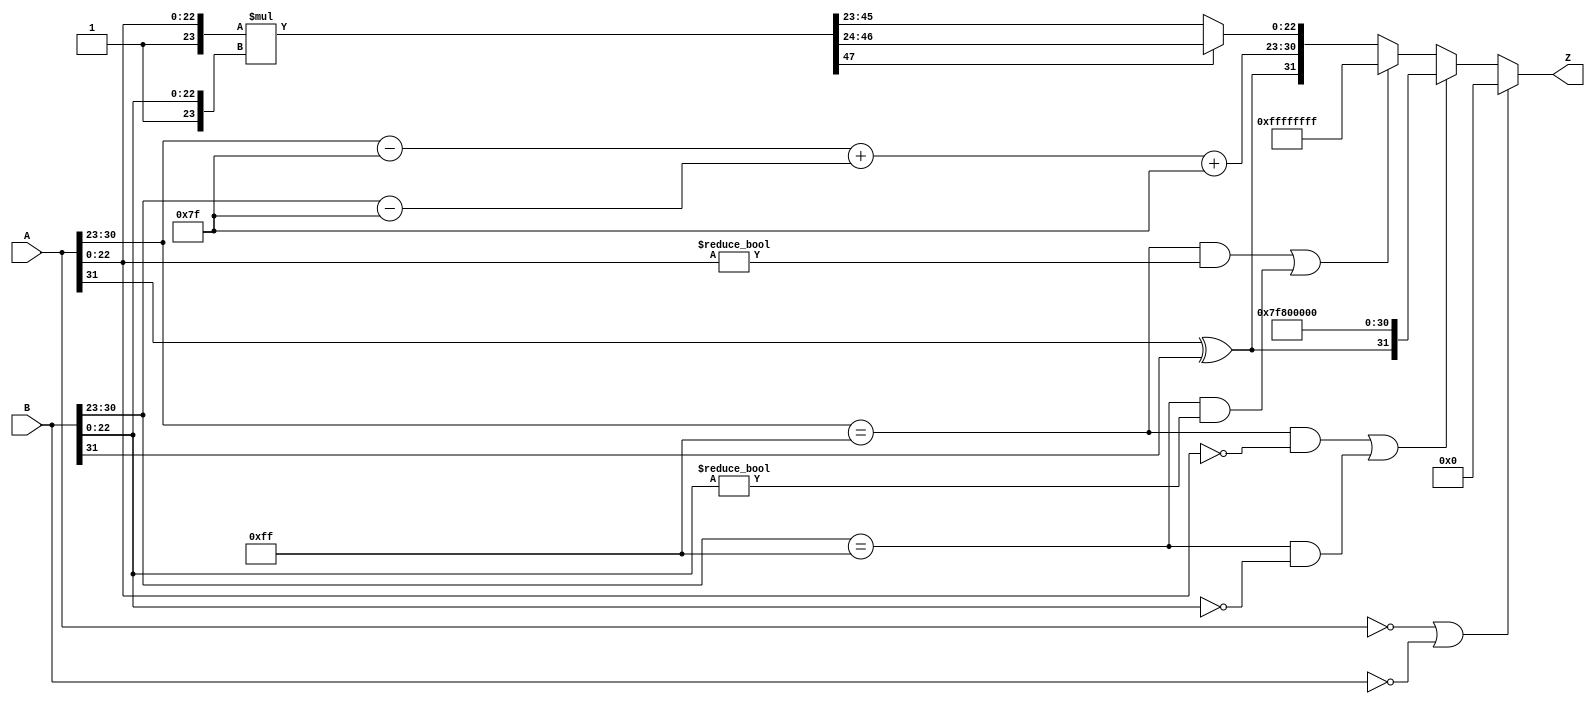
module fp_multiplier (
    input  wire [31:0] A,  // First floating-point input
    input  wire [31:0] B,  // Second floating-point input
    output wire [31:0] Z   // Output floating-point result
);

    // Internal signals
    wire sign_A, sign_B, sign_result;
    wire [7:0] exp_A, exp_B, exp_result;
    wire [22:0] frac_A, frac_B, frac_result;
    
    wire [7:0] exp_A_bias, exp_B_bias;
    wire [47:0] frac_product; // 48 bits to hold the product
    wire [7:0] exp_sum;
    wire [47:0] normalized_frac;
    wire [7:0] exp_adjusted;
    wire [22:0] final_frac;
    
    // Extracting sign, exponent, and fraction
    assign sign_A = A[31];
    assign exp_A = A[30:23];
    assign frac_A = A[22:0];
    
    assign sign_B = B[31];
    assign exp_B = B[30:23];
    assign frac_B = B[22:0];
    
    // Calculate the sign of the result
    assign sign_result = sign_A ^ sign_B;

    // Calculate the biased exponents
    assign exp_A_bias = exp_A - 8'd127;
    assign exp_B_bias = exp_B - 8'd127;

    // Sum the biased exponents
    assign exp_sum = exp_A_bias + exp_B_bias + 8'd127;

    // Handle special cases: Zero, Infinity, NaN
    wire is_zero_A = (A == 32'b0);
    wire is_zero_B = (B == 32'b0);
    wire is_inf_A = (exp_A == 8'b11111111) && (frac_A == 23'b0);
    wire is_inf_B = (exp_B == 8'b11111111) && (frac_B == 23'b0);
    wire is_nan_A = (exp_A == 8'b11111111) && (frac_A != 23'b0);
    wire is_nan_B = (exp_B == 8'b11111111) && (frac_B != 23'b0);
    
    assign Z = (is_zero_A || is_zero_B) ? 32'b0 :
               (is_inf_A || is_inf_B) ? {sign_result, 8'b11111111, 23'b0} :
               (is_nan_A || is_nan_B) ? 32'b11111111111111111111111111111111 : 
               {sign_result, exp_sum, final_frac};

    // Multiply fractions
    assign frac_product = {1'b1, frac_A} * {1'b1, frac_B}; // 1.F_A * 1.F_B

    // Normalization
    assign normalized_frac = (frac_product[47]) ? frac_product[46:24] : frac_product[45:23]; // Shift if overflow
    assign exp_adjusted = (frac_product[47]) ? exp_sum + 1 : exp_sum; // Adjust exponent if overflow

    // Final fraction selection
    assign final_frac = normalized_frac[22:0];
    
endmodule